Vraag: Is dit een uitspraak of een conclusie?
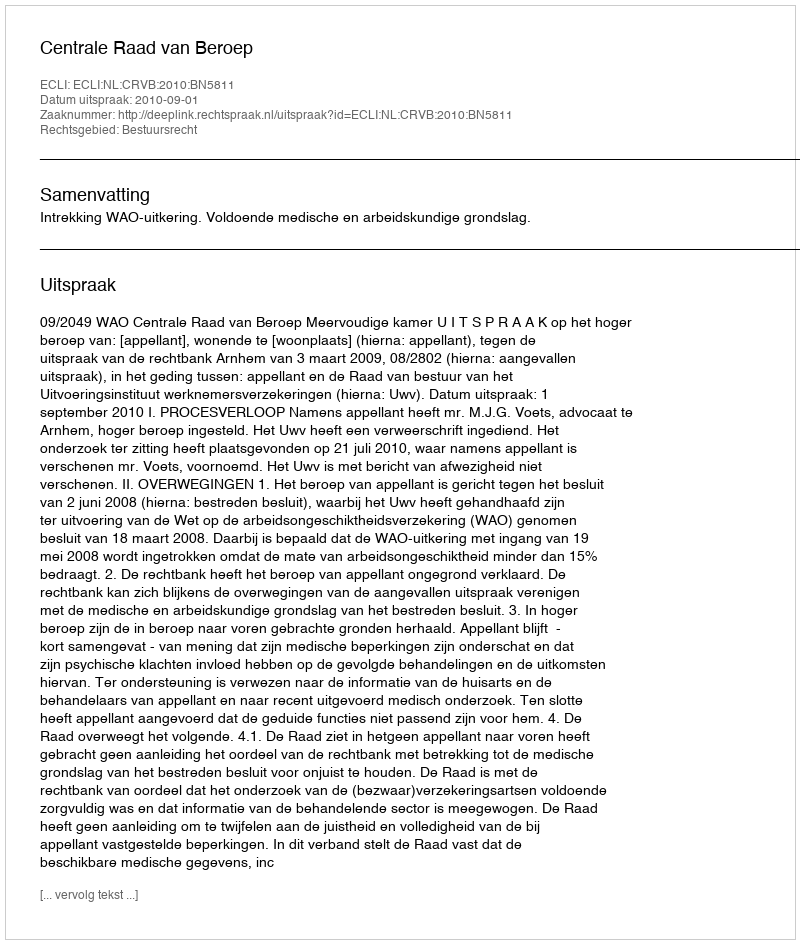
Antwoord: Uitspraak